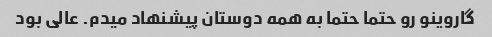
گاروینو رو حتما حتما به همه دوستان پیشنهاد میدم. عالی بود